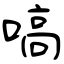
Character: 嗃